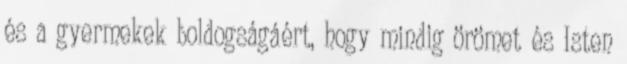
és a gyermekek boldogságáért, hogy mindig örömet és Isten